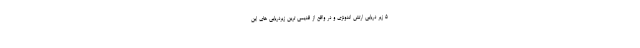
۵ زیر دریایی ارتش اندونزی و در واقع از قدیمی ترین زیردریایی‌ های این